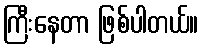
ကြီးနေတာ ဖြစ်ပါတယ်။